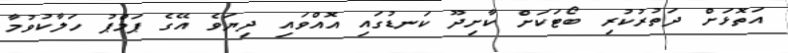
އަތޮޅަށް ދަތުރުކުރި ބޯޓަކަށް ކާށިދޫ ކަނޑުގައި އޮއްވައި ދިޔަވެ އޭގެ ޕަމްޕު ހަލާކުވުމާ